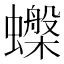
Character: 𧓙